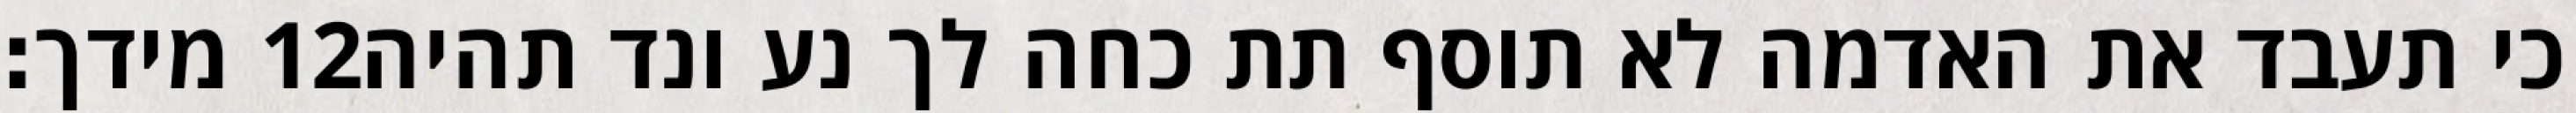
מידך׃ ‎12‏ כי תעבד את האדמה לא תוסף תת כחה לך נע ונד תהיה